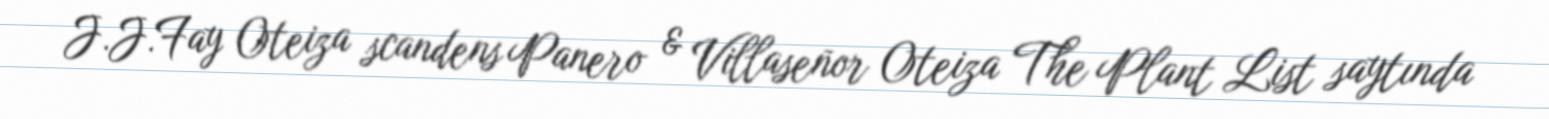
J.J.Fay Oteiza scandens Panero & Villaseñor Oteiza The Plant List saytında